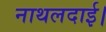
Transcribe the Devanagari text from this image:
नाथलदाई।